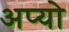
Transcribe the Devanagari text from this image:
अप्यो